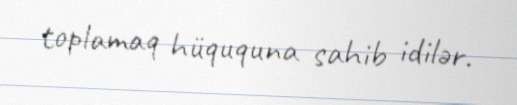
toplamaq hüququna sahib idilər.